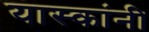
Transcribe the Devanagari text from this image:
यास्कांनी